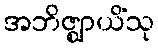
အဘိဇ္ဈာယိံသု